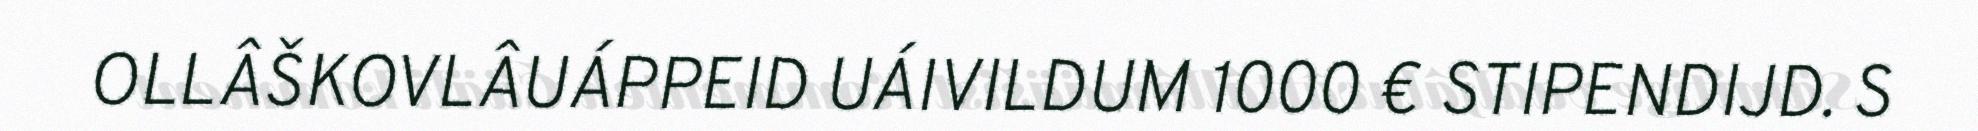
OLLÂŠKOVLÂUÁPPEID UÁIVILDUM 1000 € STIPENDIJD. S